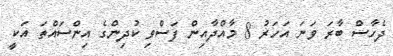
ދެހާސް ބާރަ ވަނަ އަހަރު 8 މާއްދާއިން ފަސްވި ކުދިންގެ އިންސައްތަ އަކީ